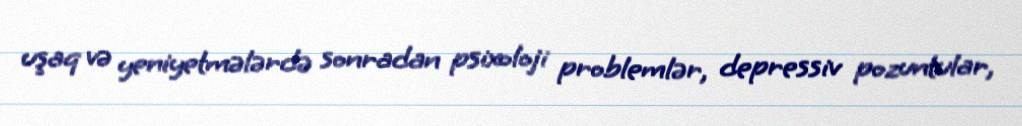
uşaq və yeniyetmələrdə sonradan psixoloji problemlər, depressiv pozuntular,